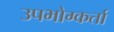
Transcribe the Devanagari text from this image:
उपभोग्कर्ता